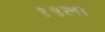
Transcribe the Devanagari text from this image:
१९ला